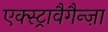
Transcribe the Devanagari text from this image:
एक्स्ट्रावैगैन्ज़ा